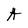
Character: A